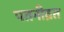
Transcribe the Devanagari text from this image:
पतनीव्रत